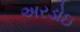
અરડોઇ